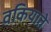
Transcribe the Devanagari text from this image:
वकियाते